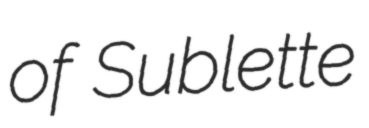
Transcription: of Sublette